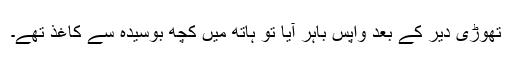
تھوڑی دیر کے بعد واپس باہر آیا تو ہاتھ میں کچھ بوسیدہ سے کاغذ تھے۔